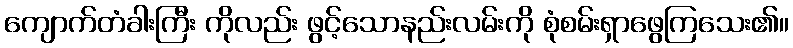
ကျောက်တံခါးကြီး ကိုလည်း ဖွင့်သောနည်းလမ်းကို စုံစမ်းရှာဖွေကြသေး၏။